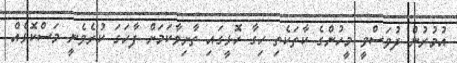
އުމުރުން ދުވަސްވީ މީހުންގެ ކާތަކެތި ހިގާ ހޮޅީގައި ތާށިވާކަމަށް ފާހަގަ ކުރެވެނީ މަސްކޮޅެއް